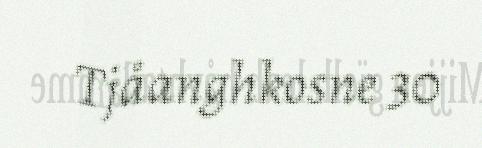
Tjåanghkosne 30